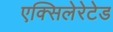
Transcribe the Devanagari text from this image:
एक्सिलेरेटेड